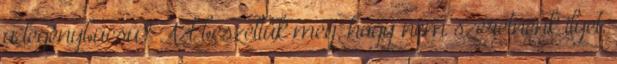
a legénybúcsú? Azt beszéltük meg, hogy nem szeretnénk ilyet,